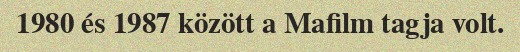
1980 és 1987 között a Mafilm tagja volt.